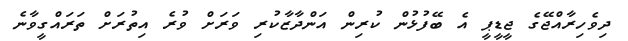
ދިވެހިރާއްޖޭގެ ޖީޑީޕީ އެ ބޭފުޅުން ކުރިން އަންދާޒާކުރި ވަރަށް ވުރެ އިތުރަށް ތަރައްގީވާނެ